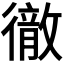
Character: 𭜈